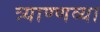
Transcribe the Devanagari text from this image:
त्र्याण्णव्या